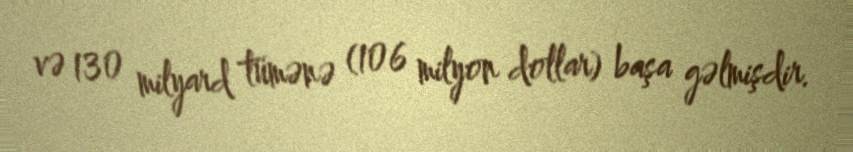
və 130 milyard tümənə (106 milyon dollar) başa gəlmişdir.